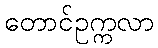
တောင်ဥက္ကလာ